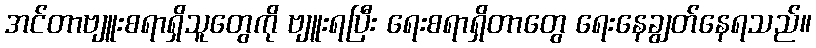
အင်တာဗျူးစရာရှိသူတွေကို ဗျူးရပြီး ရေးစရာရှိတာတွေ ရေးနေချွတ်နေရသည်။